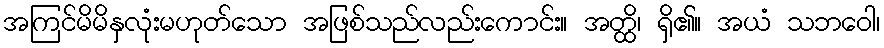
အကြင်မိမိနှလုံးမဟုတ်သော အဖြစ်သည်လည်းကောင်း။ အတ္ထိ၊ ရှိ၏။ အယံ သဘဝေါ၊